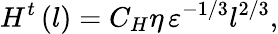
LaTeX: H^{t}\left(l\right)=C_{H}\eta\, \varepsilon^{{-1/3}}l^{{2/3}},